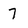
Character: 7